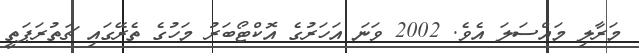
މަރާލި މައްސަލަ އެވެ. 2002 ވަނަ އަހަރުގެ އޮކްޓޯބަރު މަހުގެ ތެރޭގައި ޗަތުރަޕަތީ